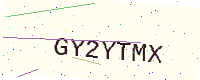
Text: GY2YTMX